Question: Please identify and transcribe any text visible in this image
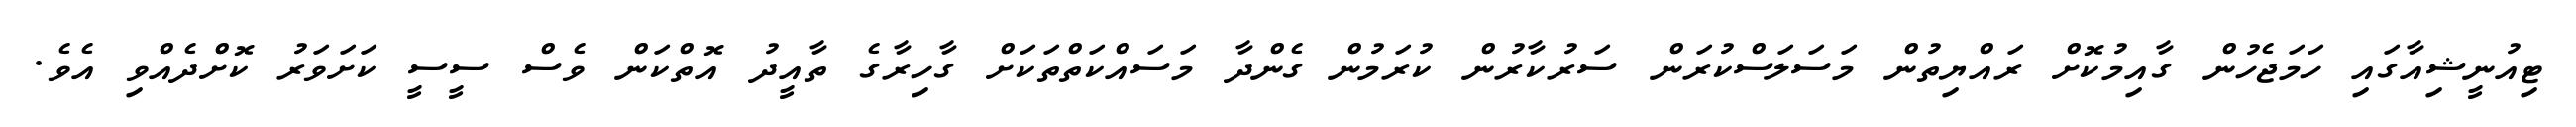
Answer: ޓިއުނީޝިއާގައި ހަމަޖެހުން ގާއިމުކޮށް ރައްޔިތުން މަސަލަސްކުރަން ސަރުކާރުން ކުރަމުން ގެންދާ މަސައްކަތްތަކަށް ގާހިރާގެ ތާއީދު އޮތްކަން ވެސް ސީސީ ކަށަވަރު ކޮށްދެއްވި އެވެ.